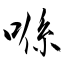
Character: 喺